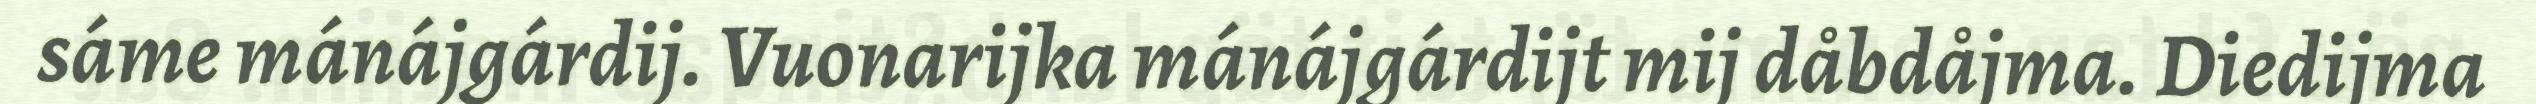
sáme mánájgárdij. Vuonarijka mánájgárdijt mij dåbdåjma. Diedijma